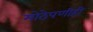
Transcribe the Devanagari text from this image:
मोठेपणीही